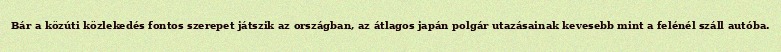
Bár a közúti közlekedés fontos szerepet játszik az országban, az átlagos japán polgár utazásainak kevesebb mint a felénél száll autóba.